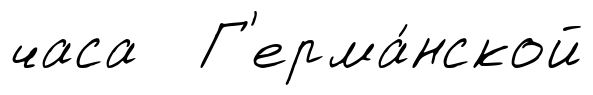
часа Г'ерма́нской